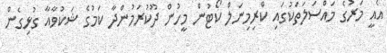
އެއީ މަރުގެ މައްސަލަތަކުގައި ކްރިމިނަލް ކޯޓުން މީހުން ދޫކުރަމުންދާ ކަމުގެ ޝަކުވާއާ ގުޅިގެން